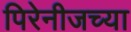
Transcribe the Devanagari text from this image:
पिरेनीजच्या